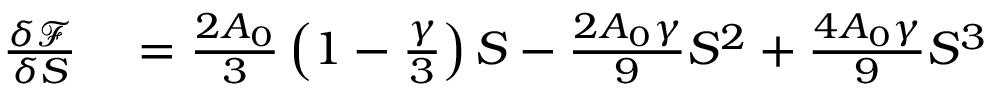
\begin{array} { r l } { \frac { \delta \mathcal { F } } { \delta { S } } } & { { } = \frac { 2 A _ { 0 } } { 3 } \left( 1 - \frac { \gamma } { 3 } \right) S - \frac { 2 A _ { 0 } \gamma } { 9 } S ^ { 2 } + \frac { 4 A _ { 0 } \gamma } { 9 } S ^ { 3 } } \end{array}